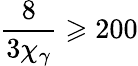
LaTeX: \frac{8}{3\chi_{\gamma}}\geqslant 200